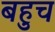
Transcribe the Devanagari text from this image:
बहुच